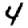
Digit: 4